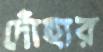
দোঁহার